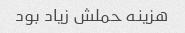
هزینه حملش زیاد بود